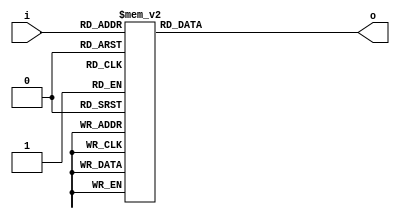
module ScoreSeven (input [3:0]i, output reg [6:0]o);
	
	always@(*)
		begin
			case(i)
				4'b0000: o = 7'b0000001;//0
				4'b0001: o = 7'b1001111;//1
				4'b0010: o = 7'b0010010;//2
				4'b0011: o = 7'b0000110;//3
				4'b0100: o = 7'b1001100;//4
				4'b0101: o = 7'b0100100;//5
				4'b0110: o = 7'b0100000;//6
				4'b0111: o = 7'b0001111;//7
				4'b1000: o = 7'b0000000;//8
				4'b1001: o = 7'b0001100;//9
				
				
				default: o = 7'b1111111;
			endcase
		end
endmodule